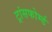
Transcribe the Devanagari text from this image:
ट्रांसफोर्म्ड